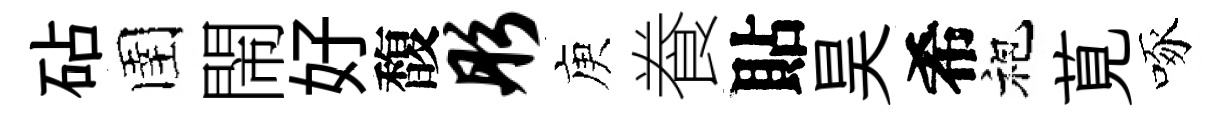
砧圉閙好馥彤庾飬貼昊希袍莧啄